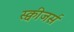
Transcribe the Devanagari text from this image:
स्क्वीजर्स